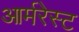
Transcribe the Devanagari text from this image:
आर्मरेस्ट